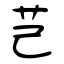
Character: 芑